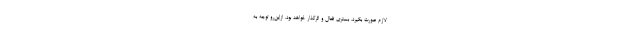
لازم صورت بگیرد، بستری فعال و اثرگذار خواهد بود. ازاین‌رو توجه به